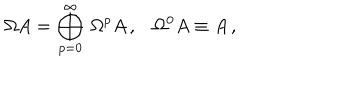
LaTeX: \Omega A = \bigoplus _ { p = 0 } ^ { \infty } \, \Omega ^ { p } A \, , \, \, \, \, \, \Omega ^ { 0 } A \equiv A \, ,